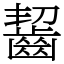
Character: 齧